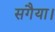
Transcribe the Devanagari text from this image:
सगैया।